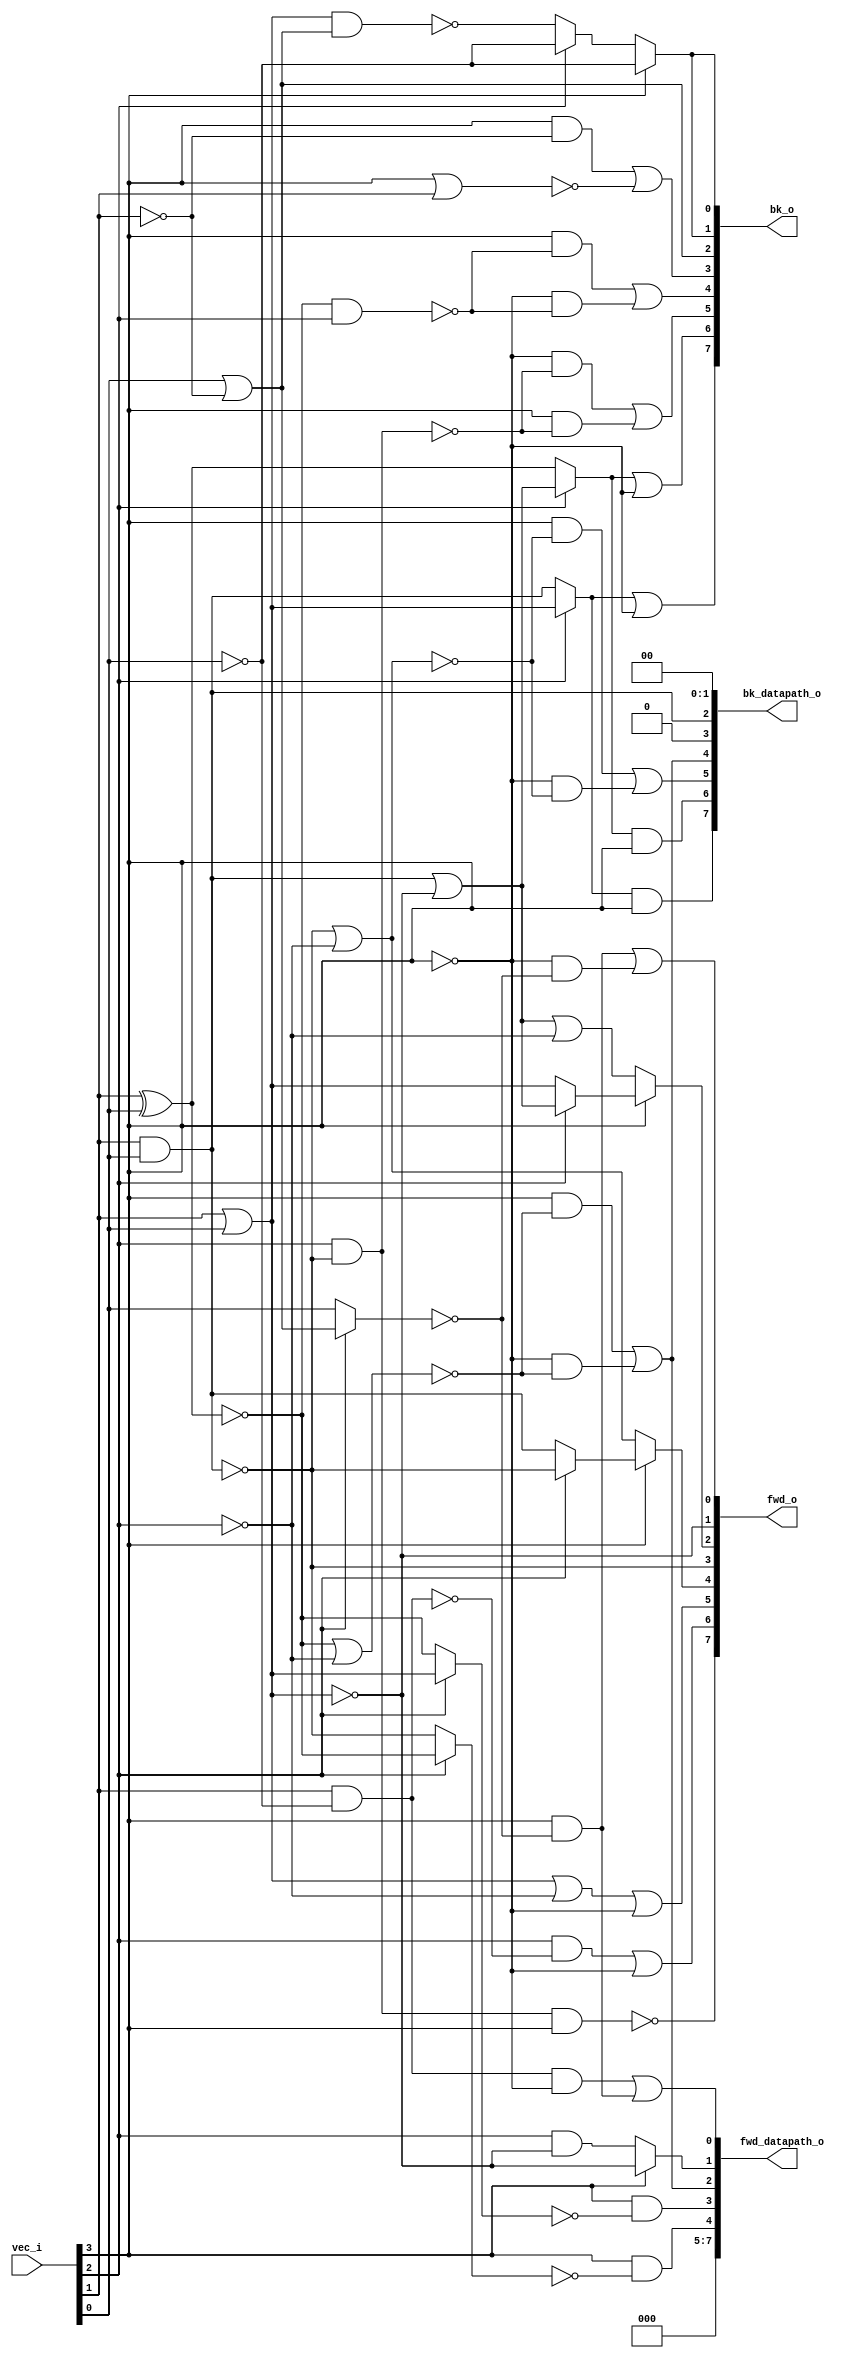
// This program was cloned from: https://github.com/chipsalliance/UHDM-integration-tests
// License: Apache License 2.0

/* Generated by Yosys 0.27+9 (git sha1 101d19bb6, gcc 11.2.0-7ubuntu2 -fPIC -Os) */

(* top =  1  *)

module bsg_scatter_gather(vec_i, fwd_o, fwd_datapath_o, bk_o, bk_datapath_o);
  wire _00_;
  wire _01_;
  wire _02_;
  wire _03_;
  wire _04_;
  wire _05_;
  wire _06_;
  wire _07_;
  wire _08_;
  wire _09_;
  wire _10_;
  wire _11_;
  wire _12_;
  wire _13_;
  wire _14_;
  wire _15_;
  wire _16_;
  wire _17_;
  wire _18_;
  wire _19_;
  wire _20_;
  wire _21_;
  wire _22_;
  wire _23_;
  wire _24_;
  wire _25_;
  wire _26_;
  wire _27_;
  wire _28_;
  wire _29_;
  wire _30_;
  wire _31_;
  wire _32_;
  wire _33_;
  wire _34_;
  wire _35_;
  wire _36_;
  wire _37_;
  
  output [7:0] bk_datapath_o;
  wire [7:0] bk_datapath_o;
  
  output [7:0] bk_o;
  wire [7:0] bk_o;
  
  output [7:0] fwd_datapath_o;
  wire [7:0] fwd_datapath_o;
  
  output [7:0] fwd_o;
  wire [7:0] fwd_o;
  
  input [3:0] vec_i;
  wire [3:0] vec_i;
  assign _00_ = ~vec_i[3];
  assign _01_ = ~vec_i[2];
  assign bk_o[2] = vec_i[0] | ~(vec_i[1]);
  assign _02_ = vec_i[2] ? bk_o[2] : vec_i[0];
  assign _03_ = _00_ & ~(_02_);
  assign _04_ = vec_i[3] & ~(_02_);
  assign fwd_o[0] = _04_ | _03_;
  assign fwd_o[1] = ~(vec_i[1] | vec_i[0]);
  assign _05_ = vec_i[1] | vec_i[0];
  assign bk_datapath_o[2] = vec_i[1] & vec_i[0];
  assign _06_ = bk_datapath_o[2] | ~(_05_);
  assign _07_ = _06_ | _01_;
  assign _08_ = vec_i[2] ? _06_ : _05_;
  assign fwd_o[2] = vec_i[3] ? _08_ : _07_;
  assign fwd_o[3] = ~(vec_i[1] & vec_i[0]);
  assign _09_ = fwd_o[3] | _01_;
  assign _10_ = vec_i[2] ? fwd_o[3] : bk_datapath_o[2];
  assign fwd_o[4] = vec_i[3] ? _10_ : _09_;
  assign _11_ = _05_ | _01_;
  assign fwd_o[5] = _11_ | _00_;
  assign _12_ = vec_i[1] & ~(vec_i[0]);
  assign _13_ = vec_i[2] & ~(_12_);
  assign fwd_o[6] = _13_ | _00_;
  assign _14_ = vec_i[2] & ~(bk_datapath_o[2]);
  assign fwd_o[7] = ~(_14_ & vec_i[3]);
  assign _15_ = ~(vec_i[1] ^ vec_i[0]);
  assign _16_ = _15_ | _01_;
  assign _17_ = _00_ & ~(_16_);
  assign _18_ = vec_i[3] & ~(_16_);
  assign bk_datapath_o[4] = _18_ | _17_;
  assign _19_ = _00_ & ~(_09_);
  assign _20_ = vec_i[3] & ~(_09_);
  assign bk_datapath_o[5] = _20_ | _19_;
  assign _21_ = vec_i[1] ^ vec_i[0];
  assign _22_ = vec_i[2] ? _06_ : _21_;
  assign bk_datapath_o[6] = _22_ & ~(_00_);
  assign _23_ = vec_i[2] ? _05_ : bk_datapath_o[2];
  assign bk_datapath_o[7] = _23_ & ~(_00_);
  assign _24_ = ~vec_i[0];
  assign _25_ = ~(_05_ & bk_o[2]);
  assign _26_ = vec_i[2] ? _24_ : _25_;
  assign bk_o[1] = vec_i[3] ? _24_ : _26_;
  assign _27_ = ~(vec_i[3] | vec_i[1]);
  assign _28_ = vec_i[3] & ~(vec_i[1]);
  assign bk_o[3] = _28_ | _27_;
  assign _29_ = _15_ & ~(_01_);
  assign _30_ = _00_ & ~(_29_);
  assign _31_ = vec_i[3] & ~(_29_);
  assign bk_o[4] = _31_ | _30_;
  assign _32_ = vec_i[3] & ~(_14_);
  assign _33_ = _00_ & ~(_14_);
  assign bk_o[5] = _33_ | _32_;
  assign bk_o[6] = _22_ | _00_;
  assign bk_o[7] = _23_ | _00_;
  assign _34_ = _12_ & ~(vec_i[3]);
  assign fwd_datapath_o[0] = _34_ | _04_;
  assign _35_ = vec_i[2] & ~(_05_);
  assign fwd_datapath_o[1] = vec_i[3] ? fwd_o[1] : _35_;
  assign _36_ = vec_i[2] ? _05_ : _15_;
  assign fwd_datapath_o[3] = vec_i[3] & ~(_36_);
  assign _37_ = vec_i[2] ? _15_ : fwd_o[3];
  assign fwd_datapath_o[4] = vec_i[3] & ~(_37_);
  assign { bk_datapath_o[3], bk_datapath_o[1:0] } = 3'h0;
  assign bk_o[0] = bk_o[1];
  assign { fwd_datapath_o[7:5], fwd_datapath_o[2] } = { 3'h0, bk_datapath_o[4] };
endmodule